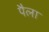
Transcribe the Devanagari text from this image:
पैला